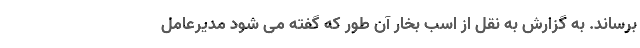
برساند. به گزارش به نقل از اسب بخار آن طور که گفته می شود مدیرعامل